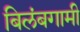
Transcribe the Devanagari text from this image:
बिलंबगामी